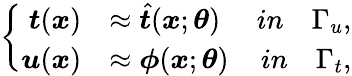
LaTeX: \left\{ \begin{array}{rlr}{\boldsymbol{t}(\boldsymbol{x})}&{\approx\hat{\boldsymbol{t}}(\boldsymbol{x};\boldsymbol{\theta})}&{in\quad\Gamma_{u},}\\ {\boldsymbol{u}(\boldsymbol{x})}&{\approx\boldsymbol{\phi}(\boldsymbol{x};\boldsymbol{\theta})}&{in\quad\Gamma_{t},}\end{array}\right.